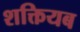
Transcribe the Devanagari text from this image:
शक्तियब